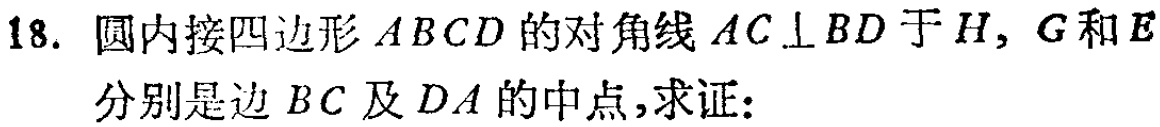
18. 圆内接四边形 \(ABCD\) 的对角线 \(AC\perp BD\) 于 \(H\)，\(G\) 和 \(E\) 分别是边 \(BC\) 及 \(DA\) 的中点，求证：